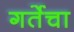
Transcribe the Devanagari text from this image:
गर्तेचा